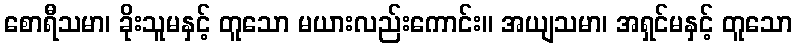
စောရီသမာ၊ ခိုးသူမနှင့် တူသော မယားလည်းကောင်း။ အယျသမာ၊ အရှင်မနှင့် တူသော